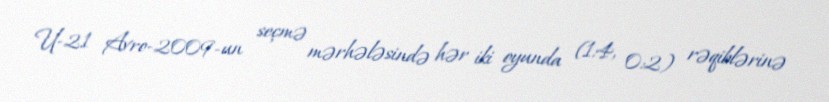
U-21 Avro-2009-un seçmə mərhələsində hər iki oyunda (1:4, 0:2) rəqiblərinə